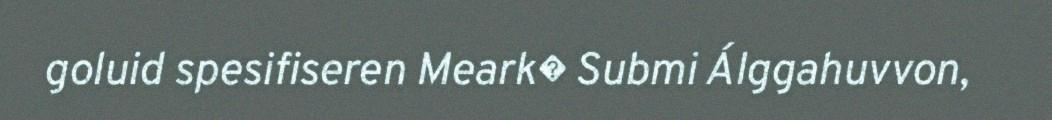
goluid spesifiseren Meark� Submi Álggahuvvon,